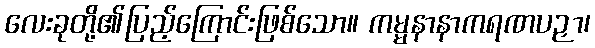
လေးခုတို့၏ပြည့်ကြောင်းဖြစ်သော။ ကမ္မနာနာကရဏပဉှာ၊